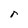
Character: r